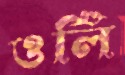
ওর্লি